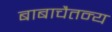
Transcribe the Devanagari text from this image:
बाबाचैतन्य